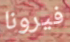
فيرونا